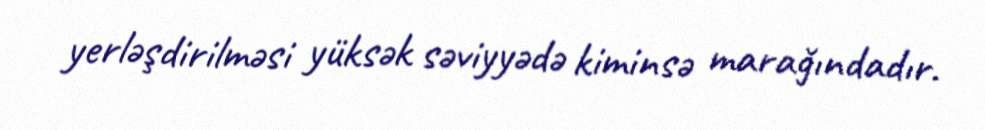
yerləşdirilməsi yüksək səviyyədə kiminsə marağındadır.